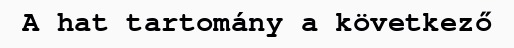
A hat tartomány a következő